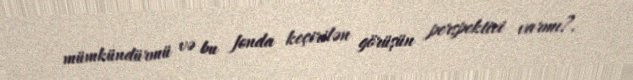
mümkündürmü və bu fonda keçirilən görüşün perspektivi varmı?.